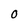
Character: 0